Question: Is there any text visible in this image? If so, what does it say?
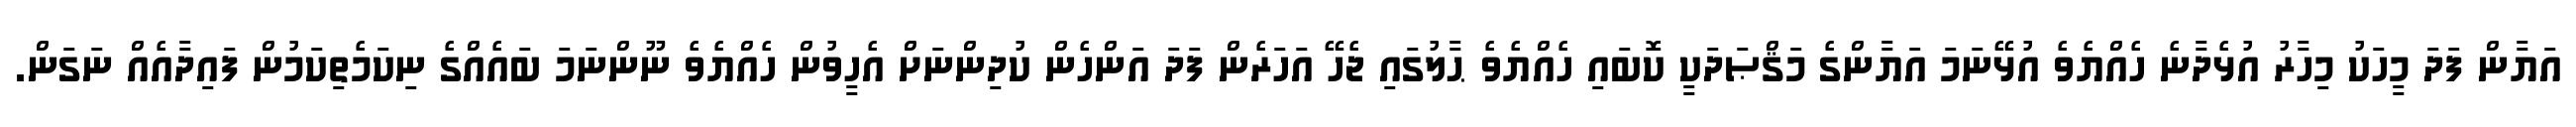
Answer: އަޔާން ފަދަ މީހަކު މިހާރު އުޅެދާނެ ހެއްޔެވެ އުޅޭނަމަ އަޔާންގެ މަޤްޞަދަކީ ކޮބައި ހެއްޔެވެ ޙާލުގައި ޖެހޭ އަހަރެން ފަދަ އަންހެން ކުދިންނަށް އެހީވުން ހެއްޔެވެ ނޫންނަމަ ބައެއްގެ ނިކަމެތިކަމުން ފައިދާއެއް ނަގަން.